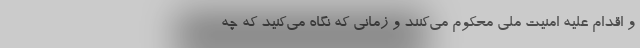
و اقدام علیه امنیت ملی محکوم می‌کنند و زمانی که نگاه می‌کنید که چه